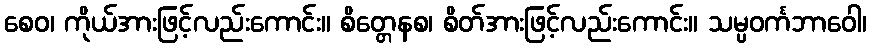
စေဝ၊ ကိုယ်အားဖြင့်လည်းကောင်း။ စိတ္တေနစ၊ စိတ်အားဖြင့်လည်းကောင်း။ သမ္ပဝင်္ကဘာဝေါ၊